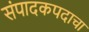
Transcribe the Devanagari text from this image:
संपादकपदाचा